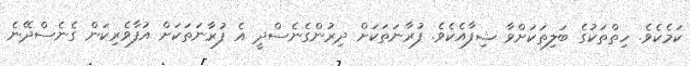
ކަމެކެވެ. ހިތްތަކުގެ ބަލިތަކަށްވާ ޝިފާއެކެވެ. ފުރާނަތަކަށް ދިރުންގެނެސްދީ އެ ފުރާނަތަކަށް އުފާވެރިކަން ގެނެސްދޭނެ